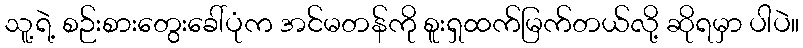
သူ့ရဲ့ စဉ်းစားတွေးခေါ်ပုံက အင်မတန်ကို စူးရှထက်မြက်တယ်လို့ ဆိုရမှာ ပါပဲ။